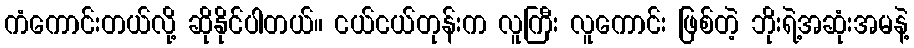
ကံကောင်းတယ်လို့ ဆိုနိုင်ပါတယ်။ ငယ်ငယ်တုန်းက လူကြီး လူကောင်း ဖြစ်တဲ့ ဘိုးရဲ့အဆုံးအမနဲ့